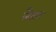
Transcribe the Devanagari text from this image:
लैडफ़